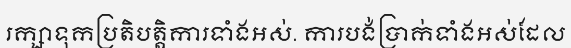
រក្សាទុកប្រតិបត្តិការទាំងអស់. ការបង់ប្រាក់ទាំងអស់ដែល